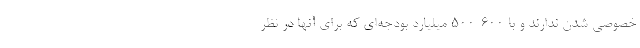
خصوصی شدن ندارند و با 600-500 میلیارد بودجه‌ای که برای آنها در نظر